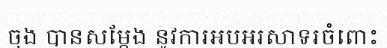
ចុង បានសម្តែង នូវការអបអរសាទរចំពោះ